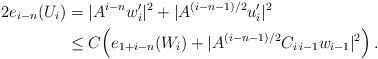
\begin{align*}2 e_{i-n}(U_i) & =|A^{i-n}w_i^{\prime}|^2 + |A^{(i-n-1)/2}u_i^{\prime}|^2 \\&\le C \Big(e_{1+i-n}(W_i) + |A^{(i-n-1)/2}C_{i\,i-1}w_{i-1}|^2\Big) \,.\end{align*}